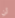
لن